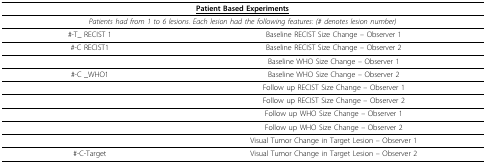
<table><thead><tr><td colspan="2"><b><underline>Patient Based Experiments</underline></b></td></tr></thead><tbody><tr><td colspan="2"><i>Patients had from 1 to 6 lesions. Each lesion had the following features: (# denotes lesion number)</i></td></tr><tr><td>#-T_ RECIST 1</td><td>Baseline RECIST Size Change – Observer 1</td></tr><tr><td>#-C RECIST1</td><td>Baseline RECIST Size Change – Observer 2</td></tr><tr><td>[EMPTY_CELL]</td><td>Baseline WHO Size Change – Observer 1</td></tr><tr><td>#-C _WHO1</td><td>Baseline WHO Size Change – Observer 2</td></tr><tr><td>[EMPTY_CELL]</td><td>Follow up RECIST Size Change – Observer 1</td></tr><tr><td>[EMPTY_CELL]</td><td>Follow up RECIST Size Change – Observer 2</td></tr><tr><td>[EMPTY_CELL]</td><td>Follow up WHO Size Change – Observer 1</td></tr><tr><td>[EMPTY_CELL]</td><td>Follow up WHO Size Change – Observer 2</td></tr><tr><td>[EMPTY_CELL]</td><td>Visual Tumor Change in Target Lesion – Observer 1</td></tr><tr><td>#-C-Target</td><td>Visual Tumor Change in Target Lesion – Observer 2</td></tr></tbody></table>